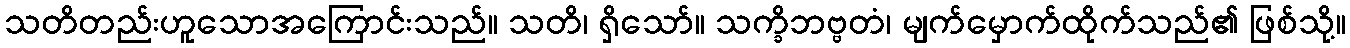
သတိတည်းဟူသောအကြောင်းသည်။ သတိ၊ ရှိသော်။ သက္ခိဘဗ္ဗတံ၊ မျက်မှောက်ထိုက်သည်၏ ဖြစ်သို့။